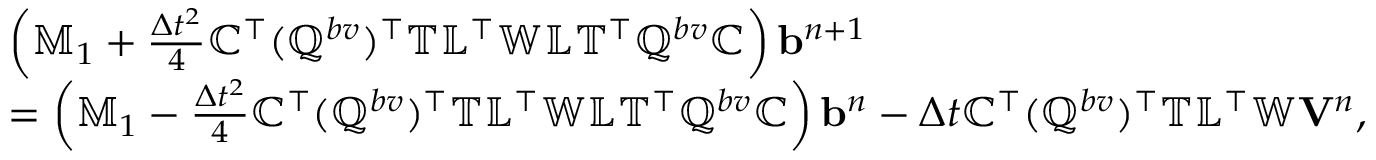
\begin{array} { r l } & { \left( \mathbb { M } _ { 1 } + \frac { \Delta t ^ { 2 } } { 4 } \mathbb { C } ^ { \top } ( \mathbb { Q } ^ { b v } ) ^ { \top } \mathbb { T } \mathbb { L } ^ { \top } \mathbb { W } \mathbb { L } \mathbb { T } ^ { \top } \mathbb { Q } ^ { b v } \mathbb { C } \right) { \mathbf b } ^ { n + 1 } } \\ & { = \left( \mathbb { M } _ { 1 } - \frac { \Delta t ^ { 2 } } { 4 } \mathbb { C } ^ { \top } ( \mathbb { Q } ^ { b v } ) ^ { \top } \mathbb { T } \mathbb { L } ^ { \top } \mathbb { W } \mathbb { L } \mathbb { T } ^ { \top } \mathbb { Q } ^ { b v } \mathbb { C } \right) { \mathbf b } ^ { n } - \Delta t \mathbb { C } ^ { \top } ( \mathbb { Q } ^ { b v } ) ^ { \top } \mathbb { T } \mathbb { L } ^ { \top } \mathbb { W } { \mathbf V } ^ { n } , } \end{array}